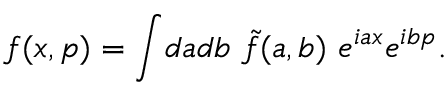
f ( x , p ) = \int \! d a d b ~ \tilde { f } ( a , b ) ~ e ^ { i a x } e ^ { i b p } .